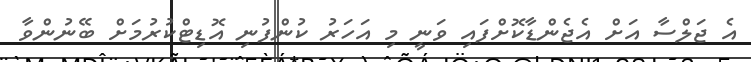
އެ ޖަލްސާ އަށް އެޖެންޑާކޮށްފައި ވަނީ މި އަހަރު ކުންފުނި އޮޑިޓްކުރުމަށް ބޭނުންވާ